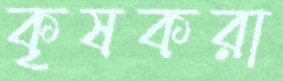
কৃষকরা